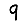
Digit: 9